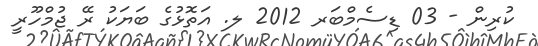
ކުރިން - 03 ޑިސެމްބަރ 2012 ލ. އަތޮޅުގެ ބަޔަކު ރޭ ޖުމްހޫރީ